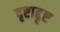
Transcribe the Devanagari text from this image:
दृष्टाद्दृष्ट